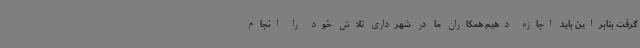
گرفت بنابراین باید اجازه دهیم همکاران ما در شهرداری تلاش خود را انجام